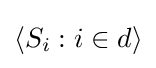
\langle S_{i}:i\in d\rangle